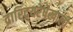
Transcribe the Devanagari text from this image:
द्रारिद्र्यरेषेखाली